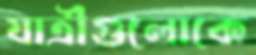
যাত্রীগুলোকে